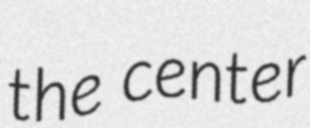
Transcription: the center